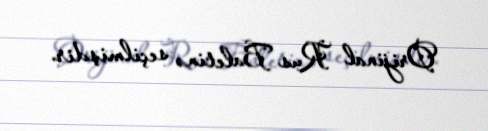
Orijinal Rus Baletinə seçilmişdir.